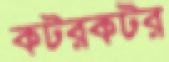
কটরকটর